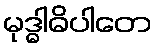
မုဒ္ဓါဓိပါတေ